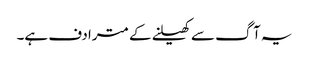
یہ آگ سے کھیلنے کے مترادف ہے۔